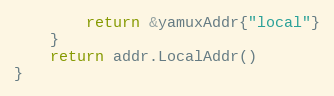
Language: Go
		return &yamuxAddr{"local"}
	}
	return addr.LocalAddr()
}